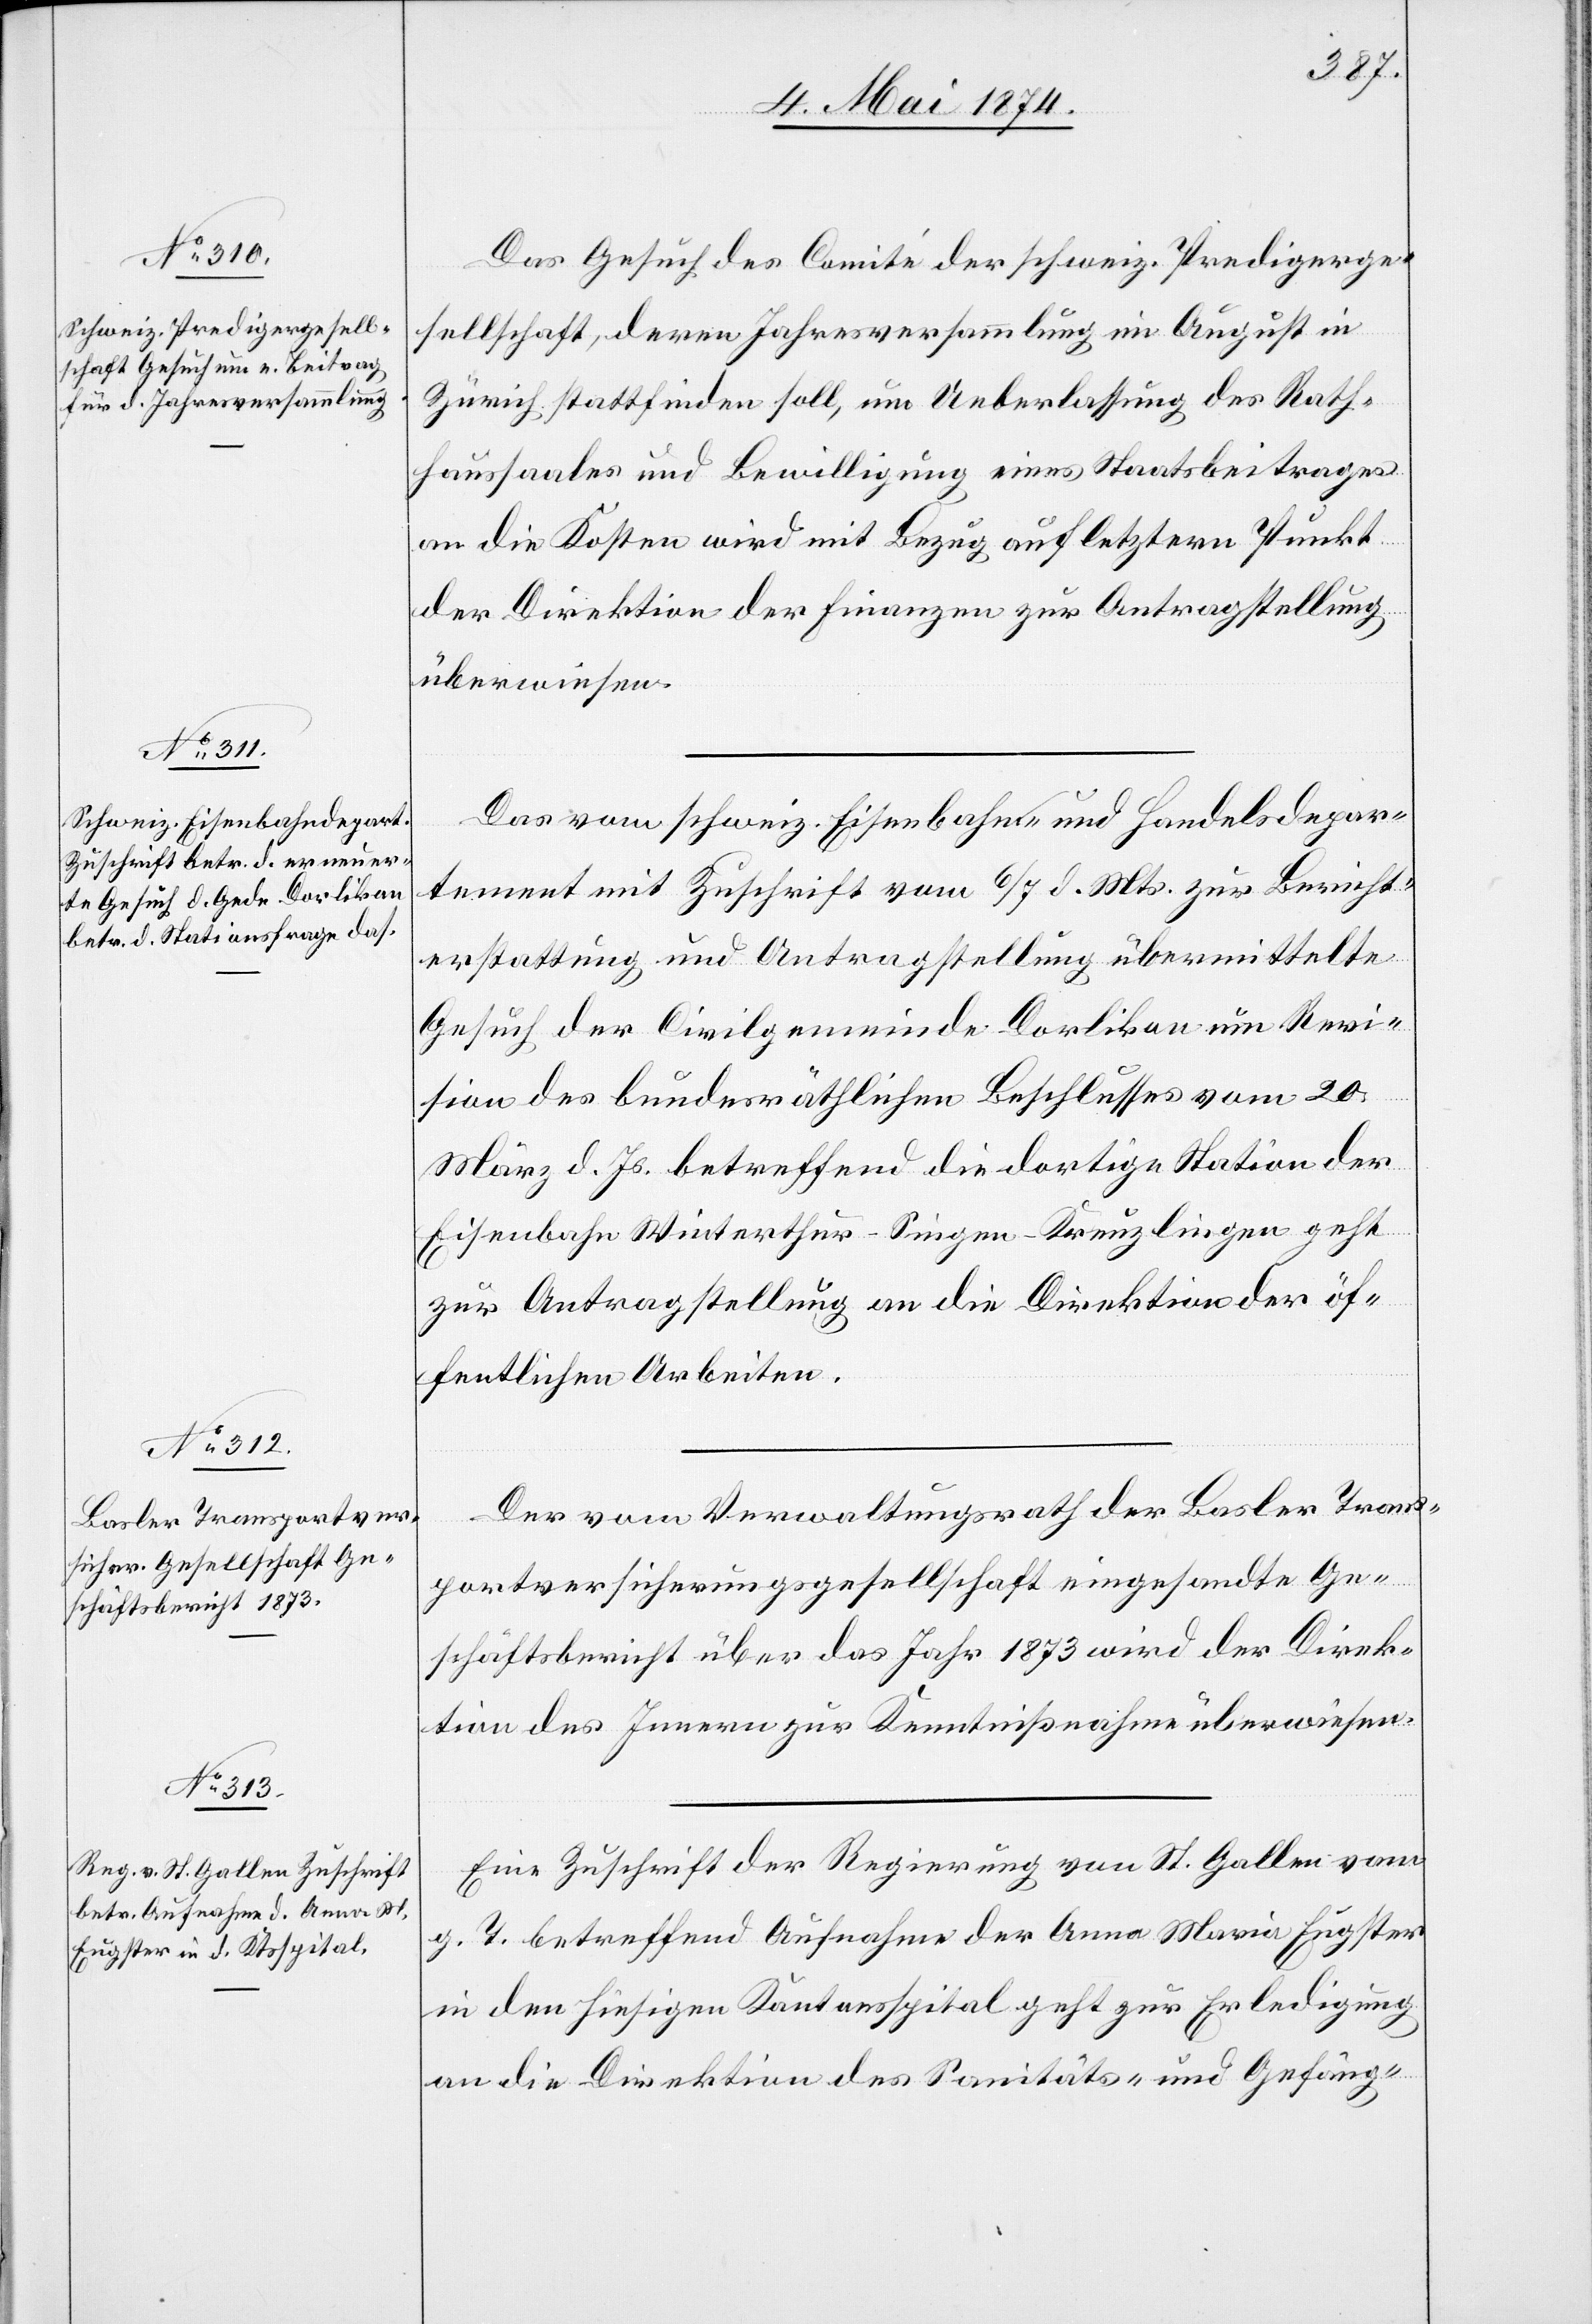
8. Mai 1874.]
Das Gesuch des Comité der schweiz. Predigerge¬
sellschaft, deren Jahresversammlung im August in
Zürich stattfinden soll, um Ueberlassung des Rath¬
haussaales und Bewilligung eines Staatsbeitrages
an die Kosten wird mit Bezug auf letztern Punkt
der Direktion der Finanzen zur Antragstellung
überwiesen.
Das vom schweiz. Eisenbahn- und Handelsdepar¬
tement mit Zuschrift vom 6./7. d. Mts. zur Bericht¬
erstattung und Antragstellung übermittelte
Gesuch der Civilgemeinde Dorlikon um Revi¬
sion des bundesräthlichen Beschlusses vom 20.
März d. Js. betreffend die dortige Station der
Eisenbahn Winterthur-Singen-Kreuzlingen geht
zur Antragstellung an die Direktion der öf¬
fentlichen Arbeiten.
Der vom Verwaltungsrath der Basler Trans¬
portversicherungsgesellschaft eingesandte Ge¬
schäftsbericht über das Jahr 1873 wird der Direk¬
tion des Innern zur Kenntnißnahme überwiesen.
Eine Zuschrift der Regierung von St. Gallen vom
g. T. betreffend Aufnahme der Anna Maria Eugster
in den hiesigen Kantonsspital geht zur Erledigung
an die Direktion des Sanitäts- und Gefäng-